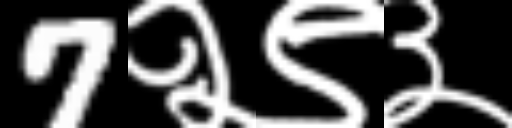
Text: 7२९३